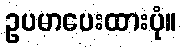
ဥပမာပေးထားပုံ။